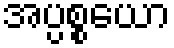
အပ္ပစ္စယော